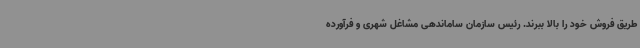
طریق فروش خود را بالا ببرند. رئیس سازمان ساماندهی مشاغل شهری و فرآورده